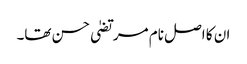
ان کا اصل نام مرتضیٰ حسن تھا۔